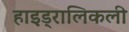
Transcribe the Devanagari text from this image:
हाइड्रालिकली